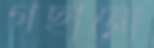
গছানো